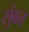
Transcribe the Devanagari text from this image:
सुंबत